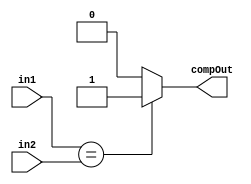
module comparator(input [23:0] in1, input [23:0] in2,output reg compOut);
  always@(in1,in2)
  if(in1==in2) begin compOut=1'b1;end
  else begin compOut=1'b0;end
endmodule